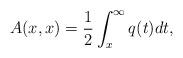
LaTeX: \begin{align*}A(x,x)=\frac{1}{2}\int_{x}^{\infty}q(t)dt, \end{align*}